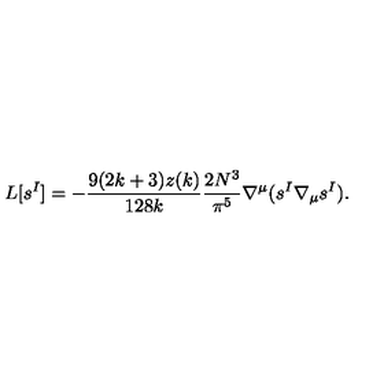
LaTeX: L [ s ^ { I } ] = - \frac { 9 ( 2 k + 3 ) z ( k ) } { 1 2 8 k } \frac { 2 N ^ { 3 } } { \pi ^ { 5 } } \nabla ^ { \mu } ( s ^ { I } \nabla _ { \mu } s ^ { I } ) .